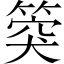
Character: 𥯝